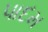
પાદમ